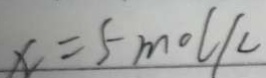
x = 5 m o l / L